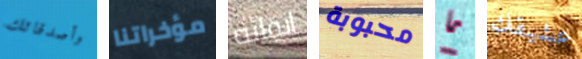
وأصدقائك مؤخراتنا إبقائه محبوبة ما عشيقك